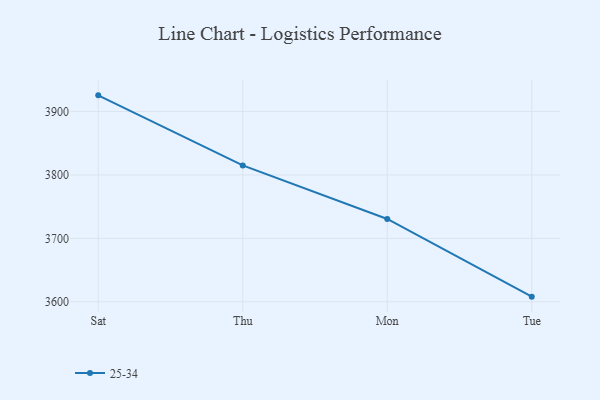
{"axis": {"x": "Day", "y": "Gross Profit (USD K)"}, "legend": ["25-34"], "data": [{"x": "Sat", "y": 3925.6, "type": "25-34"}, {"x": "Thu", "y": 3815.1, "type": "25-34"}, {"x": "Mon", "y": 3730.6, "type": "25-34"}, {"x": "Tue", "y": 3608.1, "type": "25-34"}]}